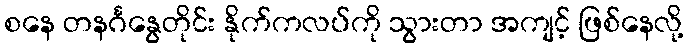
စနေ တနင်္ဂနွေတိုင်း နိုက်ကလပ်ကို သွားတာ အကျင့် ဖြစ်နေလို့